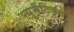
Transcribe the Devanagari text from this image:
न्युमैटिक्स